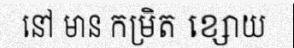
នៅ មាន កម្រិត ខ្សោយ